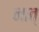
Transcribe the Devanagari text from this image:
नात्